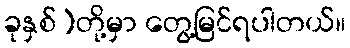
ခုနှစ်)တို့မှာ တွေ့မြင်ရပါတယ်။